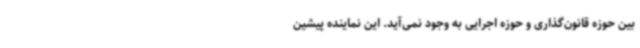
بین حوزه قانون‌گذاری و حوزه اجرایی به وجود نمی‌آید. این نماینده پیشین